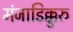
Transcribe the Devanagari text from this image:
मंजाडिक्कुरु